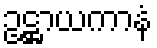
ဥဋ္ဌာယကာနံ